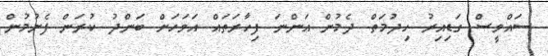
ސައްވީސް ގަޑިއިރު ހިދުމަތް ދެމުން އަންނަ ފިހާރަތައް އަވަހަށް ބަންދު ކުރަން ފެށުމުން